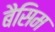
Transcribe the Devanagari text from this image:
बैसिम